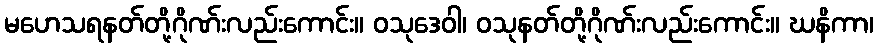
မဟေသရနတ်တို့ဂိုဏ်းလည်းကောင်း။ ဝသုဒေဝါ၊ ဝသုနတ်တို့ဂိုဏ်းလည်းကောင်း။ ဃနိကာ၊